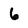
Character: 6